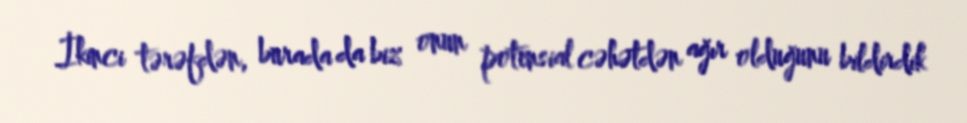
İkinci tərəfdən, burada da biz onun potensial cəhətdən ağır olduğunu bildirdik